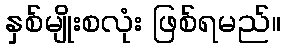
နှစ်မျိုးစလုံး ဖြစ်ရမည်။